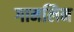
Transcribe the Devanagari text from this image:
गामलिन